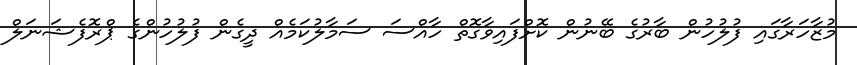
މުޒާހަރާގައި ފުލުހުން ބާރުގެ ބޭނުން ކޮށްފައިވާގޮތް ހާއްސަ ސަމާލުކަމެއް ދީގެން ފުލުހުންގެ ޕްރޮފެޝަނަލް